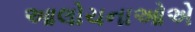
આલોચનાઓએ